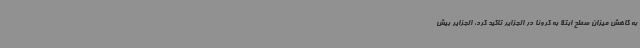
به کاهش میزان سطح ابتلا به کرونا در الجزایر تاکید کرد، الجزایر بیش